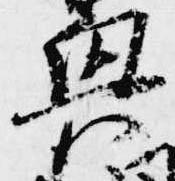
興